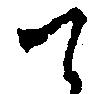
て